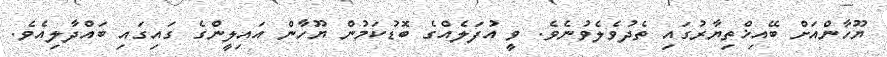
ޔޫހާންއަށް ބޭއިޚްތިޔާރުގައި ތެދުވެލެވުނެވެ. ވީ އުފަލެއްގެ ބޮޑުކަމުން ޔޫހާން އައިލީންގެ ގައިގައި ބައްދާލިއެވެ.